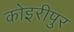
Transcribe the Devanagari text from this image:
कोइरीपुर